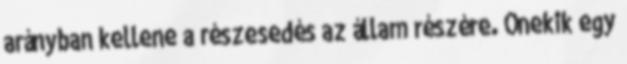
arányban kellene a részesedés az állam részére. Őnekik egy